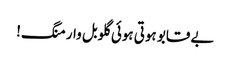
بے قابو ہوتی ہوئی گلوبل وارمنگ!